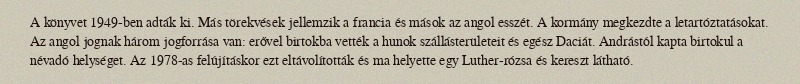
A könyvet 1949-ben adták ki. Más törekvések jellemzik a francia és mások az angol esszét. A kormány megkezdte a letartóztatásokat. Az angol jognak három jogforrása van: erővel birtokba vették a hunok szállásterületeit és egész Daciát. Andrástól kapta birtokul a névadó helységet. Az 1978-as felújításkor ezt eltávolították és ma helyette egy Luther-rózsa és kereszt látható.